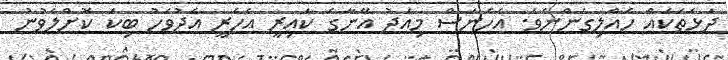
ދަޅަތަކައް ހެއްލިގެންނެވެ. އެެހެނަސް މިއަދު އޭނާގެ ކައިރީ އެހެރީ އެދުވަހު ބިކަ ކޮށްލެވުނު